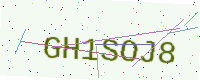
Text: GH1SOJ8